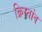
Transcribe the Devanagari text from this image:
क्रिस्तांव